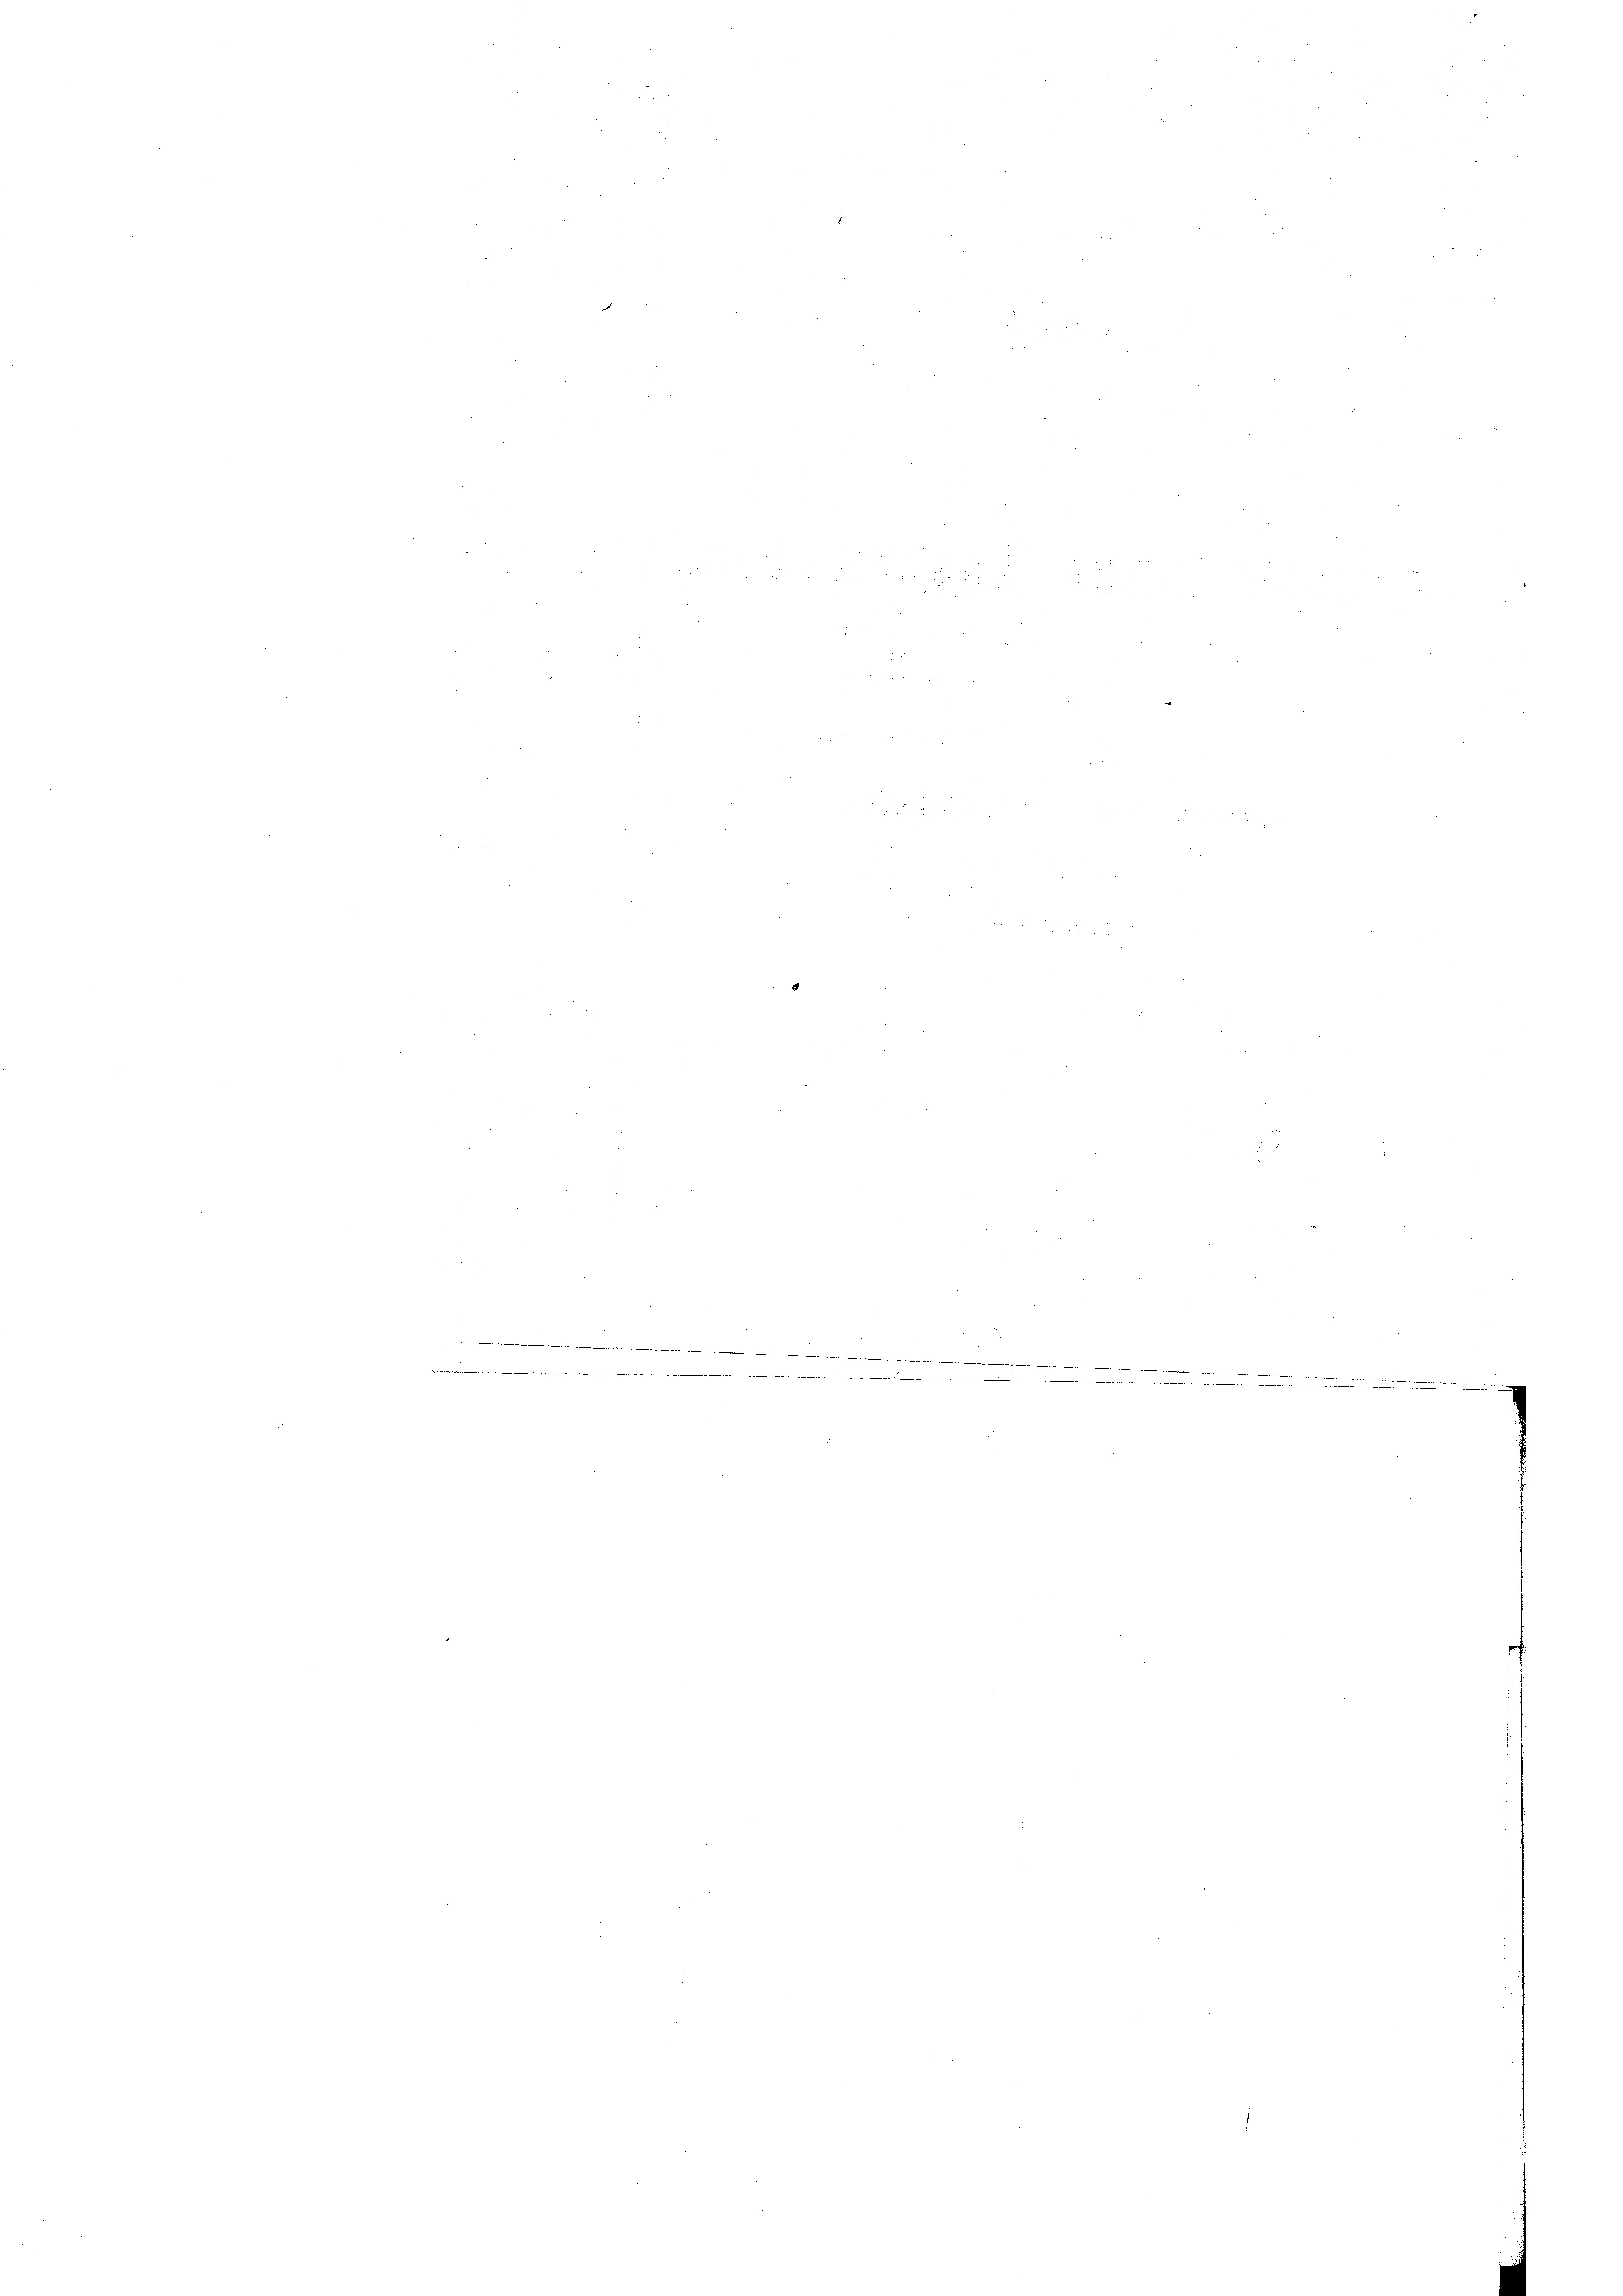
2

e
e

det in die

er

2
 f 0 x
e
¬
5 f 0 x

0 f 0 x
300 f 9 x
e

e
e
.
.
 die
.

¬

ü

e
5

F
ui
n
i
d 2
2
.

..........................
e
e
e
.